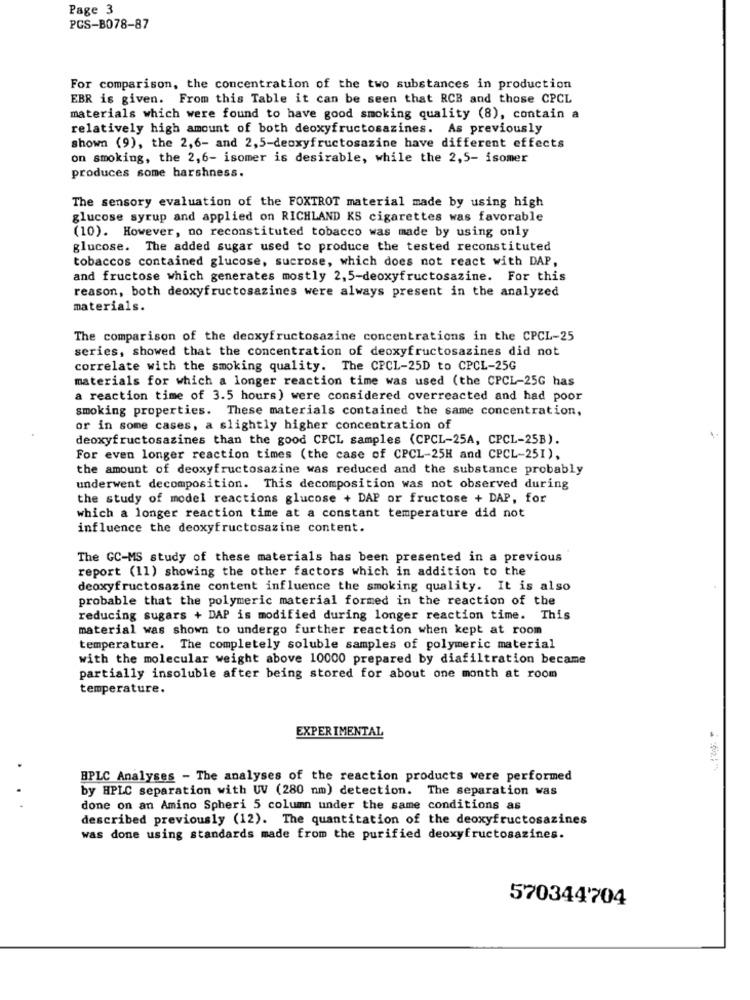
Page 3
PCS-B078-87
For comparison, the concentration of the two substances in production
EBR is given. From this Table it can be seen that RCB and those CPCL
materials which were found to have good smoking quality (8), contain a
relatively high amount of both deoxyfructosazines. As previously
shown (9), the 2,6- and 2,5-deoxyfructosazine have different effects
on smoking, the 2,6- isomer is desirable, while the 2,5- isomer
produces some harshness.
The sensory evaluation of the FOXTROT material made by using high
glucose syrup and applied on RICHLAND KS cigarettes was favorable
(10). However, no reconstituted tobacco was made by using only
glucose. The added sugar used to produce the tested reconstituted
tobaccos contained glucose, sucrose, which does not react with DAP,
and fructose which generates mostly 2, 5-deoxyfructosazine. For this
reason, both deoxyfructosazines were always present in the analyzed
materials.
The comparison of the deoxyfructosazine concentrations in the CPCL-25
series, showed that the concentration of deoxyfructosazines did not
correlate with the smoking quality. The CPCL-25D to CPCL-25G
materials for which a longer reaction time was used (the CPCL-25G has
a reaction time of 3.5 hours) were considered overreacted and had poor
smoking properties. These materials contained the same concentration,
or in some cases, a slightly higher concentration of
deoxyfructosazines than the good CPCL samples (CPCL-25A, CPCL-25B).
For even longer reaction times (the case of CPCL-25H and CPCL-251),
the amount of deoxyfructosazine was reduced and the substance probably
underwent decomposition. This decomposition was not observed during
the study of model reactions glucose + DAP or fructose + DAP, for
which a longer reaction time at a constant temperature did not
influence the deoxyfructosazine content.
The GC-MS study of these materials has been presented in a previous
report (11) showing the other factors which in addition to the
deoxyfructosazine content influence the smoking quality. It is also
probable that the polymeric material formed in the reaction of the
reducing sugars + DAP is modified during longer reaction time. This
material was shown to undergo further reaction when kept at room
temperature. The completely soluble samples of polymeric material
with the molecular weight above 10000 prepared by diafiltration became
partially insoluble after being stored for about one month at room
temperature.
EXPERIMENTAL
3
BPLC Analyses - The analyses of the reaction products were performed
by HPLC separation with UV (280 nm) detection. The separation was
done on an Amino Spheri 5 column under the same conditions as
described previously (12). The quantitation of the deoxyfructosazines
was done using standards made from the purified deoxyfructosazines.
570344704